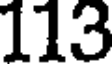
113